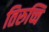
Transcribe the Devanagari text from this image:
तिरुच्चि